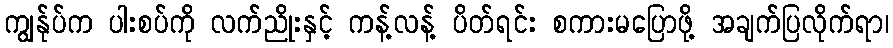
ကျွန်ုပ်က ပါးစပ်ကို လက်ညိုးနှင့် ကန့်လန့် ပိတ်ရင်း စကားမပြောဖို့ အချက်ပြလိုက်ရာ၊